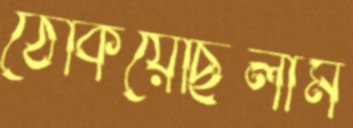
ঠেকিয়েছিলাম